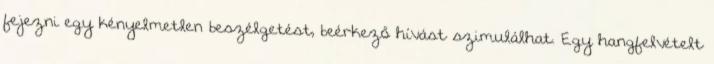
fejezni egy kényelmetlen beszélgetést, beérkező hívást szimulálhat. Egy hangfelvételt